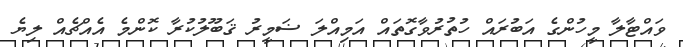
ވައްޓާލާ މީހުންގެ އަބުރައް ހުތުރުވާގޮތައް އަމިއްލަ ޟަމީރު ޤަބޫލުކުރާ ކޮންމެ އެއްޗެއް ލިޔެ